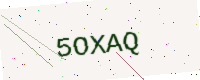
Text: 5OXAQ